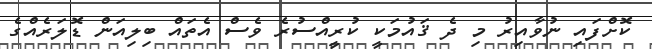
ކޮށްފައި ނުވާއިރު މި ދެ ޤައުމަކީ ކުރީއްސުރެ ވެސް އެތައް ބިލިއަން ޑޮލަރެއްގެ